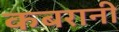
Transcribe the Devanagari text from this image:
कबरानी